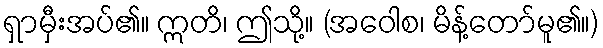
ရှာမှီးအပ်၏။ ဣတိ၊ ဤသို့။ (အဝေါစ၊ မိန့်တော်မူ၏။)